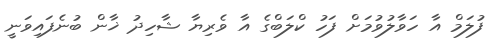
ފުލަމް އާ ހަވާލުވުމަށް ފަހު ކްލަބްގެ އާ ވެރިޔާ ޝާހިދު ޚާން ބުނެފައިވަނީ